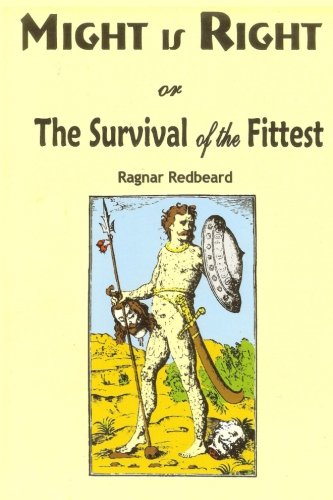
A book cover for Might is Right: or the Survival of the Fittest; Ragnar Redbeard; Politics & Social Sciences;